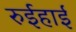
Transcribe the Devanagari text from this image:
रुईहाई